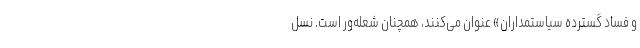
و فساد گسترده سیاستمداران» عنوان می‌کنند، همچنان شعله‌ور است. نسل